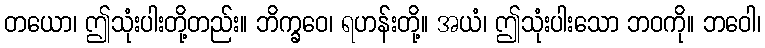
တယော၊ ဤသုံးပါးတို့တည်း။ ဘိက္ခဝေ၊ ရဟန်းတို့။ အယံ၊ ဤသုံးပါးသော ဘဝကို။ ဘဝေါ၊